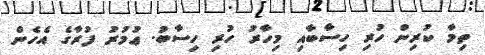
ތިމާ ކުރިން ހުރި ހިސާބާއި މިހާރު ހުރި ހިސާބު. ޢުމުރު ފުރާގެ އެހެން